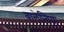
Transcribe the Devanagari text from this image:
वालेन्तिया